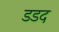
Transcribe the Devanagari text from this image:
डडद